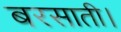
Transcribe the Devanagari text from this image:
बरसाती।